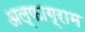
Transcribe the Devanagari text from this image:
अल्फाग्राम